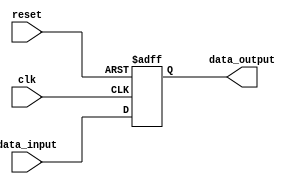
module timing_control_and_synchronization(
    input wire clk,
    input wire reset,
    input wire [7:0] data_input,
    output wire [7:0] data_output
);

reg [7:0] delayed_data;

always @(posedge clk or posedge reset) begin
    if(reset) begin
        delayed_data <= 8'b00000000;
    end else begin
        delayed_data <= data_input; // introduce specific delay here
    end
end

assign data_output = delayed_data;

endmodule